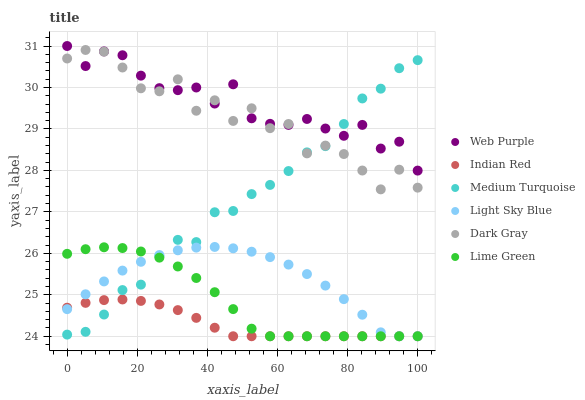
| xaxis_label | Web Purple | Indian Red | Medium Turquoise | Light Sky Blue | Dark Gray | Lime Green |
 | --- | --- | --- | --- | --- | --- | --- |
 | 0 | 31 | 24.7 | 24 | 24.7 | 30.7 | 26 |
 | 5.26 | 30.5 | 24.8 | 24.1 | 25 | 30.9 | 26.1 |
 | 10.5 | 30.9 | 24.9 | 24.5 | 25.3 | 30.9 | 26.1 |
 | 15.8 | 30.8 | 24.9 | 25.1 | 25.6 | 30.5 | 26.1 |
 | 21.1 | 30.3 | 24.9 | 25.2 | 25.8 | 30 | 26 |
 | 26.3 | 30 | 24.8 | 25.9 | 26 | 29.9 | 25.9 |
 | 31.6 | 29.9 | 24.6 | 26.3 | 26.1 | 30.2 | 25.7 |
 | 36.8 | 30 | 24.4 | 26.3 | 26.1 | 29.4 | 25.4 |
 | 42.1 | 29.6 | 24.2 | 27 | 26.2 | 29.7 | 25.1 |
 | 47.4 | 30.1 | 24 | 27 | 26.1 | 29.2 | 24.7 |
 | 52.6 | 29.3 | 24 | 27.4 | 26 | 29.5 | 24.2 |
 | 57.9 | 29.1 | 24 | 27.7 | 25.9 | 29 | 24 |
 | 63.2 | 29.1 | 24 | 28 | 25.7 | 29.1 | 24 |
 | 68.4 | 29.2 | 24 | 28.4 | 25.5 | 28.4 | 24 |
 | 73.7 | 29 | 24 | 28.6 | 25.2 | 28.6 | 24 |
 | 78.9 | 28.8 | 24 | 29.1 | 24.9 | 28.4 | 24 |
 | 84.2 | 29.1 | 24 | 29.7 | 24.5 | 28 | 24 |
 | 89.5 | 28.5 | 24 | 30 | 24.1 | 27.5 | 24 |
 | 94.7 | 28.7 | 24 | 30.5 | 24 | 28 | 24 |
 | 100 | 28 | 24 | 30.7 | 24 | 27.6 | 24 |